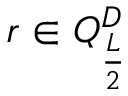
r \in Q _ { \frac { L } { 2 } } ^ { D }